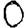
Digit: 0